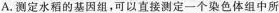
A.测定水稻的基因组，可以直接测定一个染色体组中所